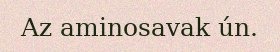
Az aminosavak ún.